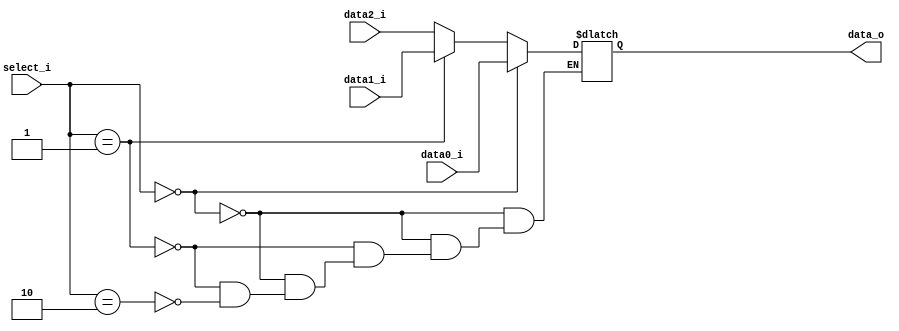
//Subject:     CO project 2 - MUX 221
//--------------------------------------------------------------------------------
//Version:     1
//--------------------------------------------------------------------------------
//Writer:      Luke
//----------------------------------------------
//----------------------------------------------
//Description: 
//--------------------------------------------------------------------------------
     
module MUX_3to1(
               data0_i,
               data1_i,
               data2_i,
               select_i,
               data_o
               );

parameter size=0;			   
			
//I/O ports               
input   [size-1:0] data0_i;          
input   [size-1:0] data1_i;
input   [size-1:0] data2_i;
input   [2-1:0]    select_i;
output  [size-1:0] data_o; 

//Internal Signals
reg     [size-1:0] data_o;

//Main function
always @(*) begin
	if (select_i == 2'b00) begin
		data_o[size-1:0] = data0_i[size-1:0];
	end
	else if (select_i == 2'b01) begin
		data_o[size-1:0] = data1_i[size-1:0];
	end 
	else if (select_i == 2'b10) begin
		data_o[size-1:0] = data2_i[size-1:0];
	end
end


endmodule